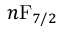
n \mathrm { F } _ { 7 / 2 }